NAE_ERA_R-2324_Eesti_Vabariigi_Pohiseaduslik_Assamblee, lk 153
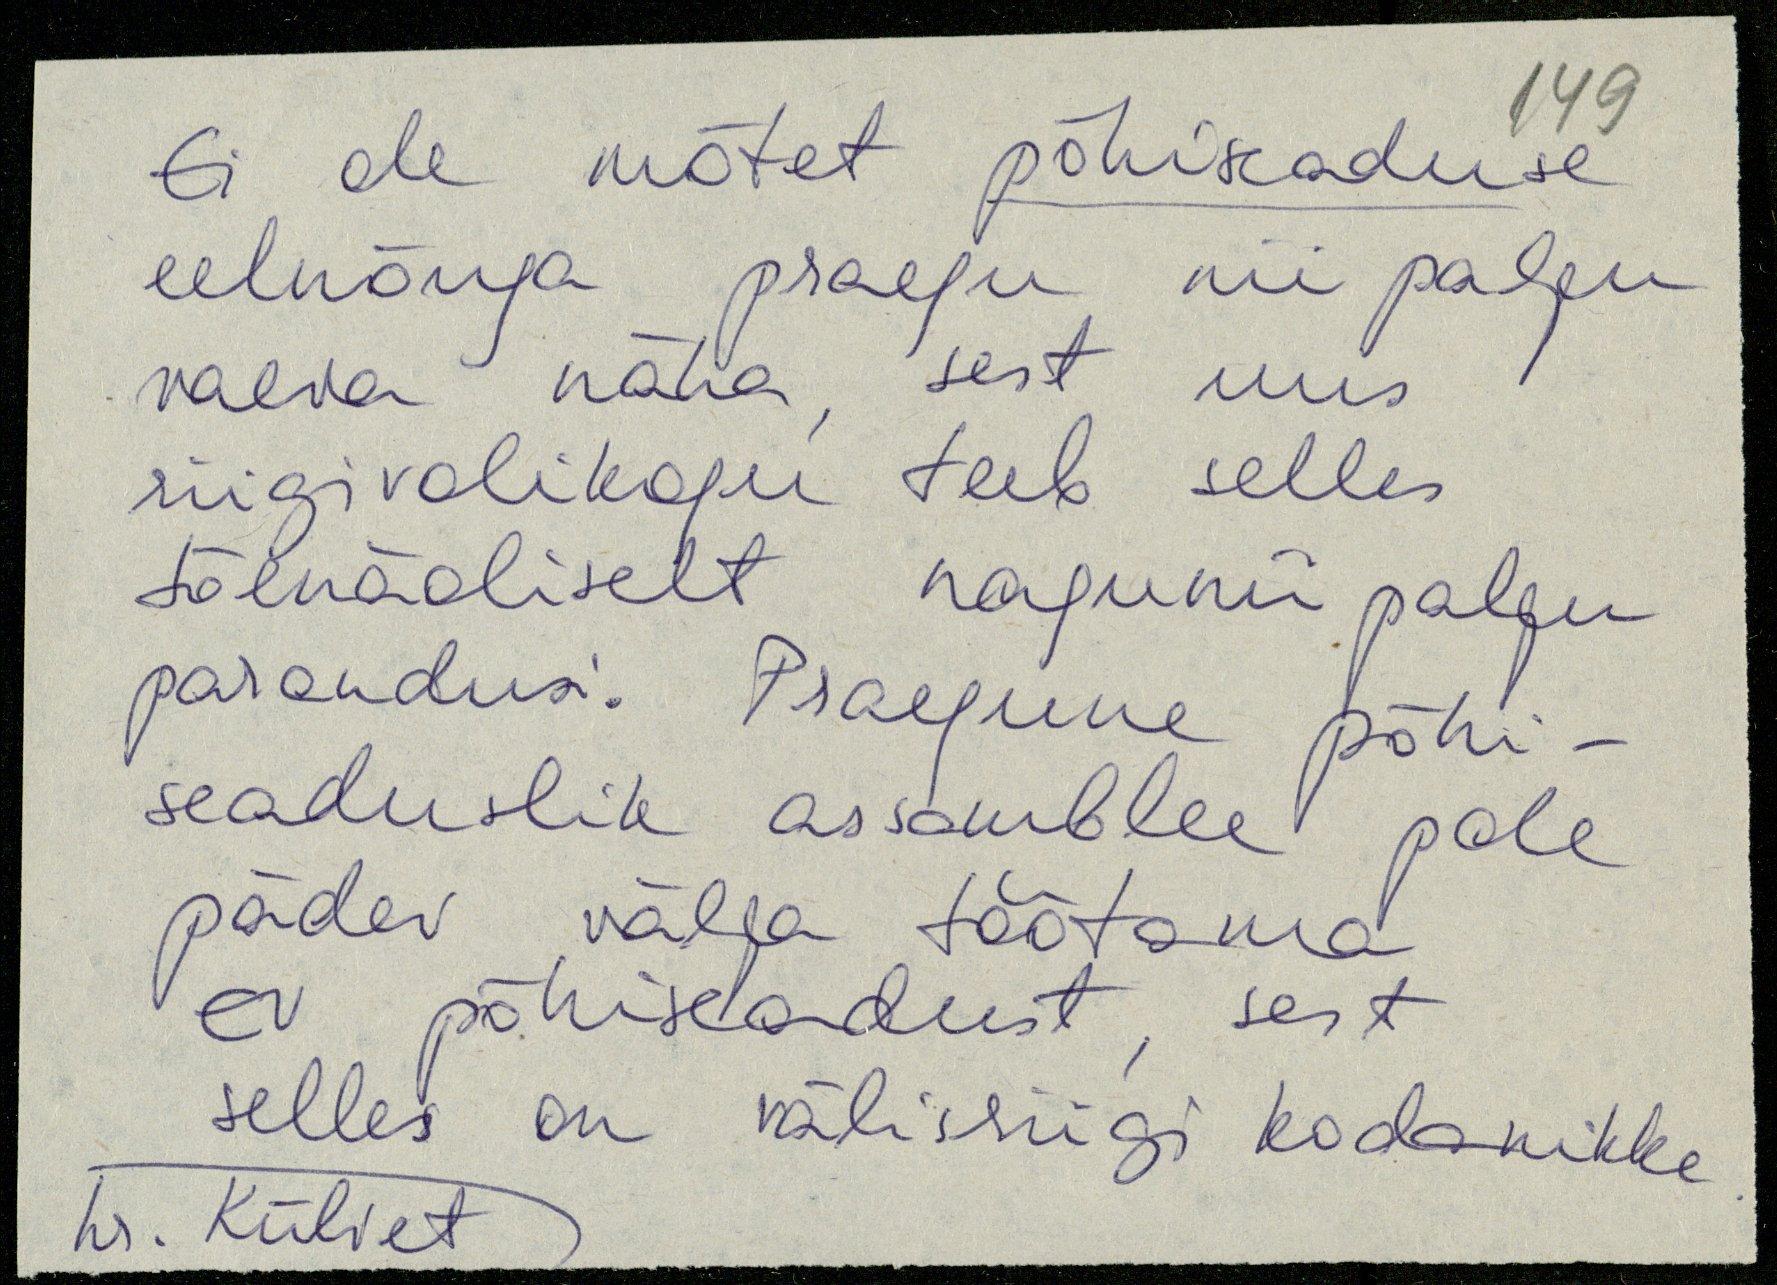
Ei ole mõtet põhiseaduse
eelnõuga praegu nii palju
vaeva näha sest uus
riigivolikogu teeb selles
tõenäoliselt nagunii palju
parandusi. Praegune põhi-
seaduslik assamblee pole
pädev välja töötama
EV põhiseadust sest
selles on välisriigi kodanikke
hr. Külvet